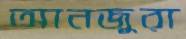
আনজুরা